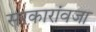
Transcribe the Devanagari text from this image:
सरकारांवजा